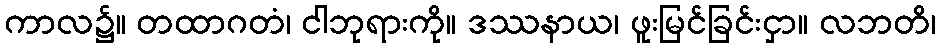
ကာလ၌။ တထာဂတံ၊ ငါဘုရားကို။ ဒဿနာယ၊ ဖူးမြင်ခြင်းငှာ။ လဘတိ၊